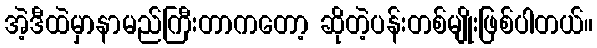
အဲ့ဒီထဲမှာနာမည်ကြီးတာကတော့ ဆိုတဲ့ပန်းတစ်မျိုးဖြစ်ပါတယ်။